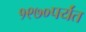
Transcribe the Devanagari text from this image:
१९७०पर्यंत